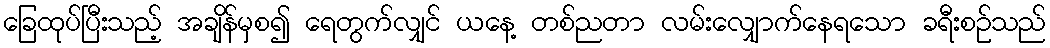
ခြေထုပ်ပြီးသည့် အချိန်မှစ၍ ရေတွက်လျှင် ယနေ့ တစ်ညတာ လမ်းလျှောက်နေရသော ခရီးစဉ်သည်